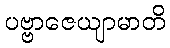
ပဗ္ဗာဇေယျာမာတိ